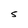
Character: S